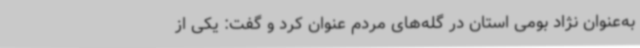
به‌عنوان نژاد بومی استان در گله‌های مردم عنوان کرد و گفت: یکی از